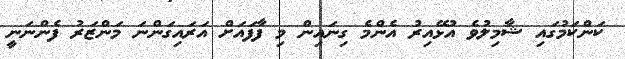
ކަންކަމުގައި ޝާމިލުވެ އުޅޭއިރު އެންމެ ގިނައިން މި ފާފައަށް އަރައިގަންނަ މަންޒަރު ފެންނަނީ